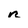
Character: R